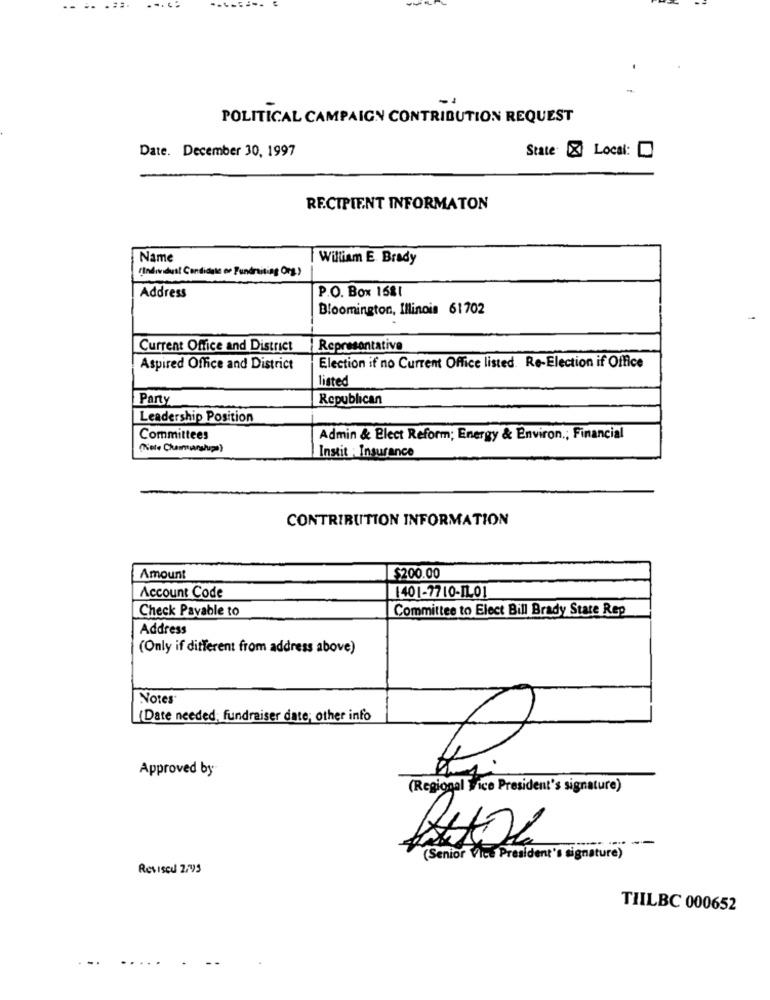
--
..
...
-1
POLITICAL CAMPAIGN CONTRIBUTION REQUEST
State X Local:
Date. December 30, 1997
RECIPIENT INFORMATON
Name
William E. Brady
(Individust Candidate on Fundraising Org)
P.O. Box 1581
Address
Bloomington, Illinois 61702
Current Office and District
Representative
Aspired Office and District
Election if no Current Office listed. Re-Election if Office
listed
Party
Republican
Leadership Position
Committees
Admin & Blect Reform; Energy & Environ .; Financial
Instit : Insurance
CONTRIBUTION INFORMATION
Amount
$200.00
Account Code
1401-77 10-IL01
Check Payable to
Committee to Elect Bill Brady Stare Rep
Address
(Only if different from address above)
Notes
(Date needed; fundraiser date; other info
Approved by
(Regional Vice President's signature)
(Senior Vice President's signature)
Revised 2:43
TIILBC 000652
..